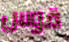
قوس